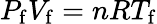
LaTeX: P_{\mathrm{f}}V_{\mathrm{f}}=nRT_{\mathrm{f}}